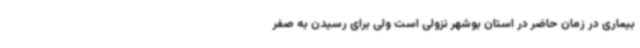
بیماری در زمان حاضر در استان بوشهر نزولی است ولی برای رسیدن به صفر